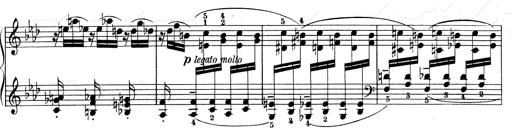
Title: Weinen, Klagen, Sorgen, Zagen
Composer: Franz Liszt